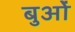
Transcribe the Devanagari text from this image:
बुओं